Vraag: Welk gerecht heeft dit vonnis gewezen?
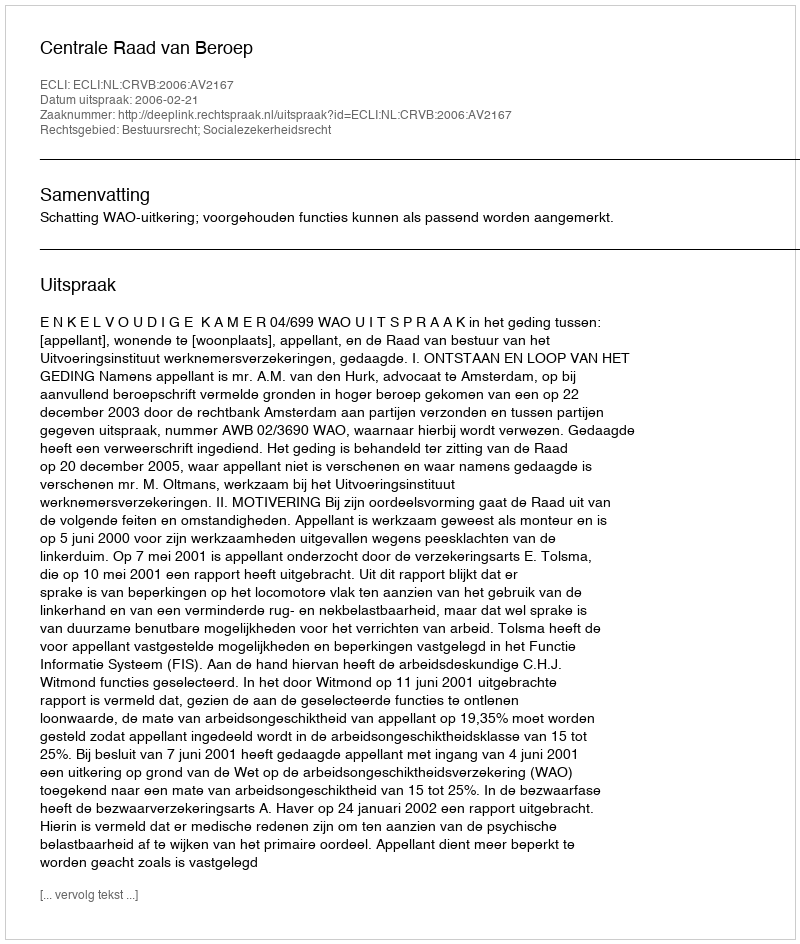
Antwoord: Centrale Raad van Beroep